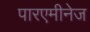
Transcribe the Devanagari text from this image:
पारएमीनेज